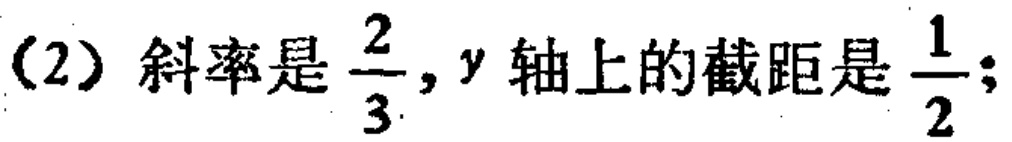
（2）斜率是$\frac{2}{3},y$轴上的截距是$\frac{1}{2}$；